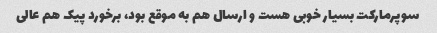
سوپرمارکت بسیار خوبی هست و ارسال هم به موقع بود، برخورد پیک هم عالی